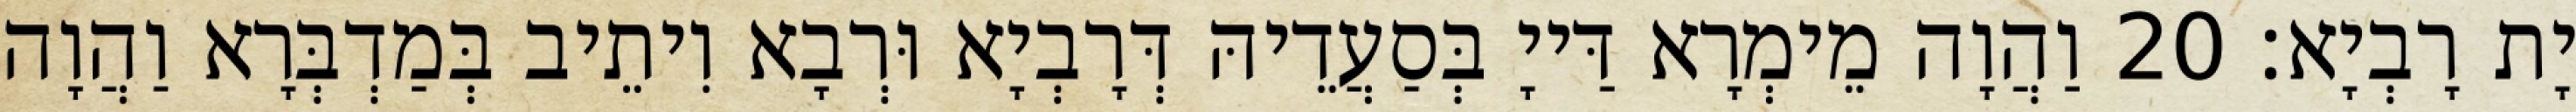
יָת רָבְיָא׃ 20 וַהֲוָה מֵימְרָא דַּייָ בְּסַעֲדֵיהּ דְּרָבְיָא וּרְבָא וִיתֵיב בְּמַדְבְּרָא וַהֲוָה